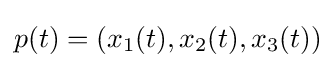
p(t)=(x_{1}(t),x_{2}(t),x_{3}(t))